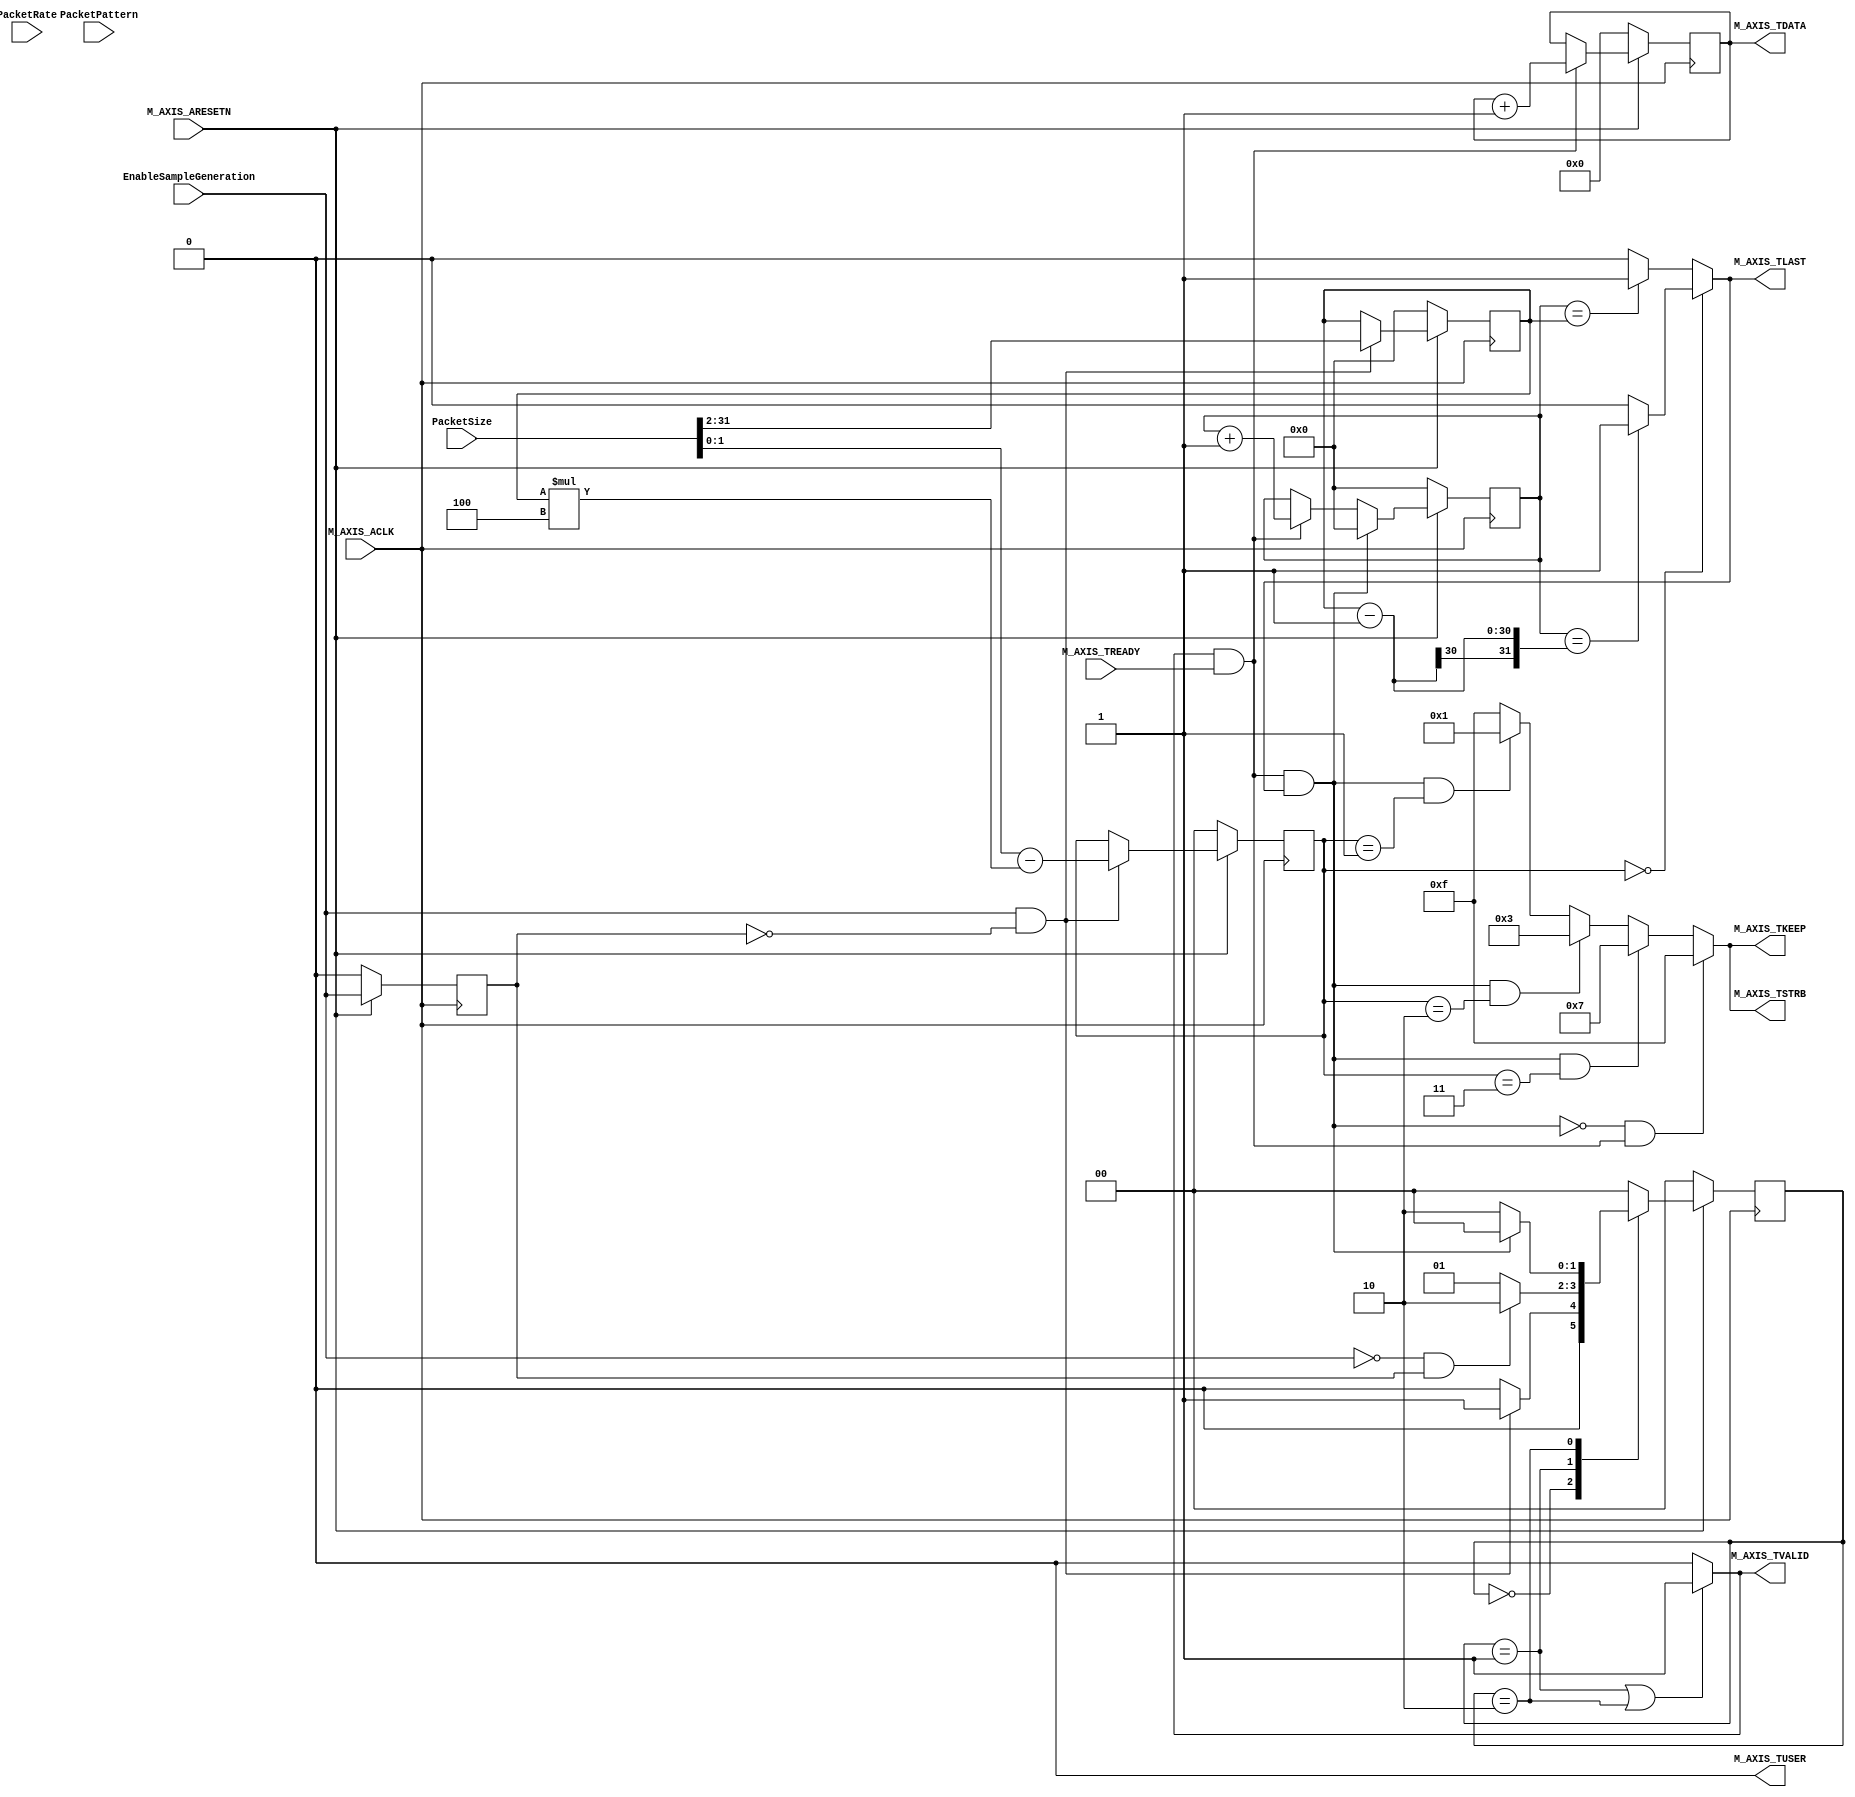
module sample_generator_v2_0_M_AXIS #
	(
		// Users to add parameters here

		// User parameters ends
		// Do not modify the parameters beyond this line

		// Width of S_AXIS address bus. The slave accepts the read and write addresses of width C_M_AXIS_TDATA_WIDTH.
		parameter integer C_M_AXIS_TDATA_WIDTH	= 32,
		// Start count is the numeber of clock cycles the master will wait before initiating/issuing any transaction.
		parameter integer C_M_START_COUNT	= 32
	)
	(
		// Users to add ports here
		input 	wire						EnableSampleGeneration, 
		input 	wire 	[C_M_AXIS_TDATA_WIDTH-1:0]		PacketSize, 
		input 	wire 	[7:0]					PacketRate, 
		input 	wire 	[C_M_AXIS_TDATA_WIDTH-1:0]		PacketPattern,

		// User ports ends
		// Do not modify the ports beyond this line

		// Global ports
		input wire  						M_AXIS_ACLK,
		input wire  						M_AXIS_ARESETN,
		output wire  						M_AXIS_TVALID,
		output wire [C_M_AXIS_TDATA_WIDTH-1 : 0] 		M_AXIS_TDATA,
		output wire [(C_M_AXIS_TDATA_WIDTH/8)-1 : 0] 		M_AXIS_TSTRB,
		output wire  						M_AXIS_TLAST,
		input wire  						M_AXIS_TREADY,
		output wire 	[(C_M_AXIS_TDATA_WIDTH/8)-1 : 0] 	M_AXIS_TKEEP,
		output wire 						M_AXIS_TUSER
	);
	
/////////////////////////////////////////////////
// 
// Clk and ResetL
//
/////////////////////////////////////////////////
wire 		Clk; 
wire 		ResetL; 

assign Clk = M_AXIS_ACLK; 
assign ResetL = M_AXIS_ARESETN; 

/////////////////////////////////////////////////
// 
// detect edges of EnableSampleGeneration
//
/////////////////////////////////////////////////

reg 	enableSampleGenerationR; 

wire 	enableSampleGenerationPosEdge; 
wire 	enableSampleGenerationNegEdge; 

always @(posedge Clk) 
	if ( ! ResetL ) begin 
		enableSampleGenerationR <= 0; 
	end 
	else begin 
		enableSampleGenerationR <= EnableSampleGeneration; 
	end 
	
assign enableSampleGenerationPosEdge = EnableSampleGeneration && (! enableSampleGenerationR);
assign enableSampleGenerationNegEdge = (! EnableSampleGeneration) && enableSampleGenerationR;

/////////////////////////////////////////////////
// 
// fsm to enable / disable sample generation 
//
/////////////////////////////////////////////////
// simple fsm to control the sate of sample generator module 
// when EnableSampleGeneration arrives, the module begins producing samples
// when EnableSampleGeneration goes down, the module waits until is sends up to the end of the current packet and then stops. 

// states : 
`define FSM_STATE_IDLE		0 
`define FSM_STATE_ACTIVE 	1
`define FSM_STATE_WAIT_END	2

reg 	[1:0]		fsm_currentState; 
reg 	[1:0]		fsm_prevState; 

always @(posedge Clk) 
	if ( ! ResetL ) begin 
		fsm_currentState <= `FSM_STATE_IDLE; 
		fsm_prevState <= `FSM_STATE_IDLE; 
	end 
	else begin 
		case ( fsm_currentState )
		`FSM_STATE_IDLE: begin 
			if ( enableSampleGenerationPosEdge ) begin 
				fsm_currentState <= `FSM_STATE_ACTIVE;
				fsm_prevState <= `FSM_STATE_IDLE;
			end 
			else begin 
				fsm_currentState <= `FSM_STATE_IDLE; 
				fsm_prevState <= `FSM_STATE_IDLE; 
			end 
		end 
		`FSM_STATE_ACTIVE: begin 
			if ( enableSampleGenerationNegEdge ) begin 
				fsm_currentState <= `FSM_STATE_WAIT_END; 
				fsm_prevState <= `FSM_STATE_ACTIVE;
			end 
			else begin 
				fsm_currentState <= `FSM_STATE_ACTIVE; 
				fsm_prevState <= `FSM_STATE_ACTIVE; 
			end 
		end 
		`FSM_STATE_WAIT_END: begin 
			if ( lastDataIsBeingTransferred ) begin 
				fsm_currentState <= `FSM_STATE_IDLE; 
				fsm_prevState <= `FSM_STATE_WAIT_END;
			end 
			else begin 
				fsm_currentState <= `FSM_STATE_WAIT_END; 
				fsm_prevState <= `FSM_STATE_WAIT_END;
			end 
		end 
		default: begin 
			fsm_currentState <= `FSM_STATE_IDLE;
			fsm_prevState <= `FSM_STATE_IDLE; 
		end 
		endcase 
	end 
	
/////////////////////////////////////////////////
// 
// data transfer qualifiers
//
/////////////////////////////////////////////////

wire 			dataIsBeingTransferred; 
wire 			lastDataIsBeingTransferred; 

assign dataIsBeingTransferred = M_AXIS_TVALID & M_AXIS_TREADY;
assign lastDataIsBeingTransferred = dataIsBeingTransferred & M_AXIS_TLAST;

/////////////////////////////////////////////////
// 
// packet size 
//
/////////////////////////////////////////////////

reg 	[C_M_AXIS_TDATA_WIDTH-1-2:0]	packetSizeInDwords; 
reg 	[1:0]				validBytesInLastChunk; 

always @(posedge Clk) 
	if ( ! ResetL ) begin 
		packetSizeInDwords <= 0; 
		validBytesInLastChunk <= 0; 
	end 
	else begin 
		if ( enableSampleGenerationPosEdge ) begin 
			packetSizeInDwords <= PacketSize >> 2;
			validBytesInLastChunk <= PacketSize - packetSizeInDwords * 4;
		end 
	end 
	
// assign packetSizeInDwords = PacketSize >> 2; 
// assign validBytesInLastChunk = PacketSize - packetSizeInDwords * 4; 

/////////////////////////////////////////////////
// 
// global counter
//
/////////////////////////////////////////////////
// this is a 32 bits counter which counts up with every successful data transfer. this creates the body of the packets. 

reg 	[31:0]		globalCounter; 

always @(posedge Clk) 
	if ( ! ResetL ) begin 
		globalCounter <= 0; 
	end 
	else begin 
		if ( dataIsBeingTransferred ) 
			globalCounter <= globalCounter + 1; 
		else 
			globalCounter <= globalCounter; 
	end 

assign M_AXIS_TDATA = globalCounter; 

/////////////////////////////////////////////////
// 
// packet counter 
//
/////////////////////////////////////////////////
// this is a counter which counts how many dwords are being transferred for each packet 

reg 	[29:0]		packetCounter; 

always @(posedge Clk) 
	if ( ! ResetL ) begin 
		packetCounter <= 0; 
	end 
	else begin 
		if ( lastDataIsBeingTransferred ) begin 
			packetCounter <= 0; 
		end 
		else if ( dataIsBeingTransferred ) begin 
			packetCounter <= packetCounter + 1; 
		end 
		else begin 
			packetCounter <= packetCounter; 
		end 
	end 

/////////////////////////////////////////////////
// 
// TVALID 
//
/////////////////////////////////////////////////
// generation of TVALID signal 
// if the fsm is in active state, then we generate packets 

assign M_AXIS_TVALID = ( (fsm_currentState == `FSM_STATE_ACTIVE) || (fsm_currentState == `FSM_STATE_WAIT_END) ) ? 1 : 0; 

/////////////////////////////////////////////////
// 
// TLAST
//
/////////////////////////////////////////////////

assign M_AXIS_TLAST = (validBytesInLastChunk == 0) ? ( ( packetCounter == (packetSizeInDwords-1) ) ? 1 : 0 ) : 
			( ( packetCounter == packetSizeInDwords ) ? 1 : 0 ); 

/////////////////////////////////////////////////
// 
// TSTRB
//
/////////////////////////////////////////////////

assign M_AXIS_TSTRB =   ( (! lastDataIsBeingTransferred) && dataIsBeingTransferred ) ? 4'hf :
			( lastDataIsBeingTransferred && (validBytesInLastChunk == 3) ) ? 4'h7 :
			( lastDataIsBeingTransferred && (validBytesInLastChunk == 2) ) ? 4'h3 : 
			( lastDataIsBeingTransferred && (validBytesInLastChunk == 1) ) ? 4'h1 : 4'hf; 
			
/////////////////////////////////////////////////
// 
// TKEEP and TUSER 
//
/////////////////////////////////////////////////

assign M_AXIS_TKEEP = M_AXIS_TSTRB; // 4'hf; 
assign M_AXIS_TUSER = 0; 

endmodule